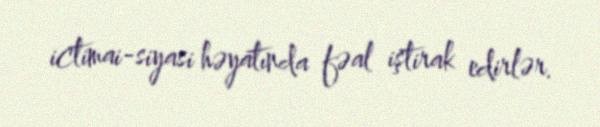
ictimai-siyasi həyatında fəal iştirak edirlər.